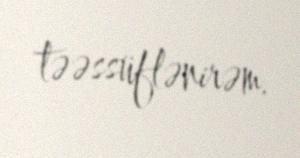
təəssüflənirəm.